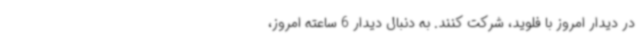
در دیدار امروز با فلوید، شرکت کنند. به دنبال دیدار 6 ساعته امروز،